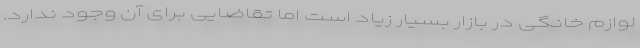
لوازم خانگی در بازار بسیار زیاد است اما تقاضایی برای آن وجود ندارد.